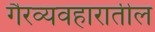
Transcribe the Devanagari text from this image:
गैरव्यवहारातील